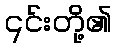
၎င်းတို့၏